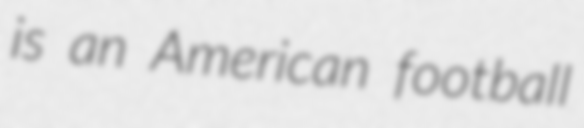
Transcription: is an American football